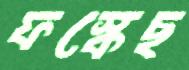
ফস্‌কেছ